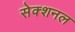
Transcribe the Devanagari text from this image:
सेक्शनल